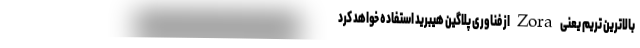
بالاترین تریم یعنی Zora از فناوری پلاگین هیبرید استفاده خواهد کرد